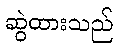
ဆွဲထားသည်